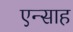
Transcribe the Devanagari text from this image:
एन्साह